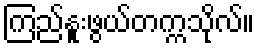
ကြည်နူးဖွယ်တက္ကသိုလ်။